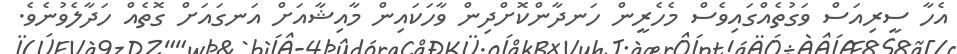
އެހާ ސީރިއަސް ވަގުތެއްގައިވެސް މެހެރީން ހަނދާންކޮށްދިން ވާހަކައިން މާއިޝާއަށް އަނގައަށް ގޮތެއް ހަދާލެވުނެވެ.